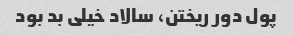
پول دور ریختن، سالاد خیلی بد بود